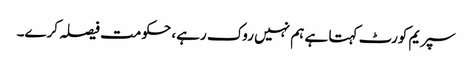
سپریم کورٹ کہتا ہے ہم نہیں روک رہے، حکومت فیصلہ کرے۔